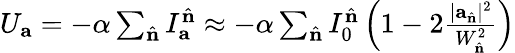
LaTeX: \begin{array}{r}{U_{\mathbf{a}}=-\alpha\sum_{\hat{\mathbf{n}}}I_{\mathbf{a}}^{\hat{\mathbf{n}}}\approx-\alpha\sum_{\hat{\mathbf{n}}}I_{0}^{\hat{\mathbf{n}}}\left(1-2\frac{|\mathbf{a}_{\hat{\mathbf{n}}}|^{2}}{W_{\hat{\mathbf{n}}}^{2}}\right)}\end{array}